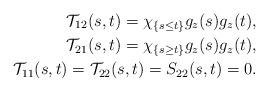
LaTeX: \begin{align*}\mathcal{T}_{12} (s, t) = \chi_{\{s \leq t\}} g_z(s) g_z(t), \\\mathcal{T}_{21} (s, t) = \chi_{\{s \geq t\}} g_z(s) g_z(t),\\\mathcal{T}_{11} (s, t) = \mathcal{T}_{22} (s, t) = S_{22}(s,t) = 0. \end{align*}